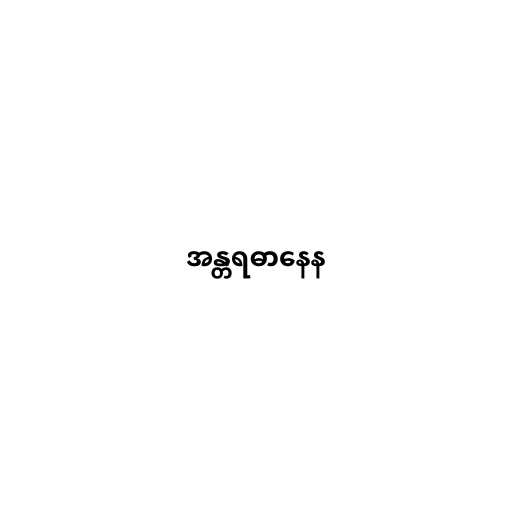
အန္တရဓာနေန